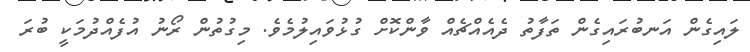
ލައިގެން އަނބުރައިގެން ތަފާތު ދެއެއްޗެއް ވާންކޮށް ގުޅުވައިލުމެވެ. މިގުތުން ރޯނު އުފެއްދުމަކީ ބުރަ